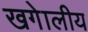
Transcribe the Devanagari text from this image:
खगेालीय